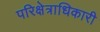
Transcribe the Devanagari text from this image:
परिक्षेत्राधिकारी